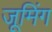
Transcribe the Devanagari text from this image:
जूमिंग